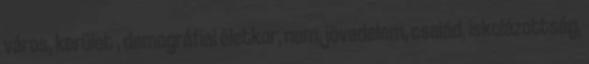
város, kerület , demográfiai életkor, nem, jövedelem, család, iskolázottság,